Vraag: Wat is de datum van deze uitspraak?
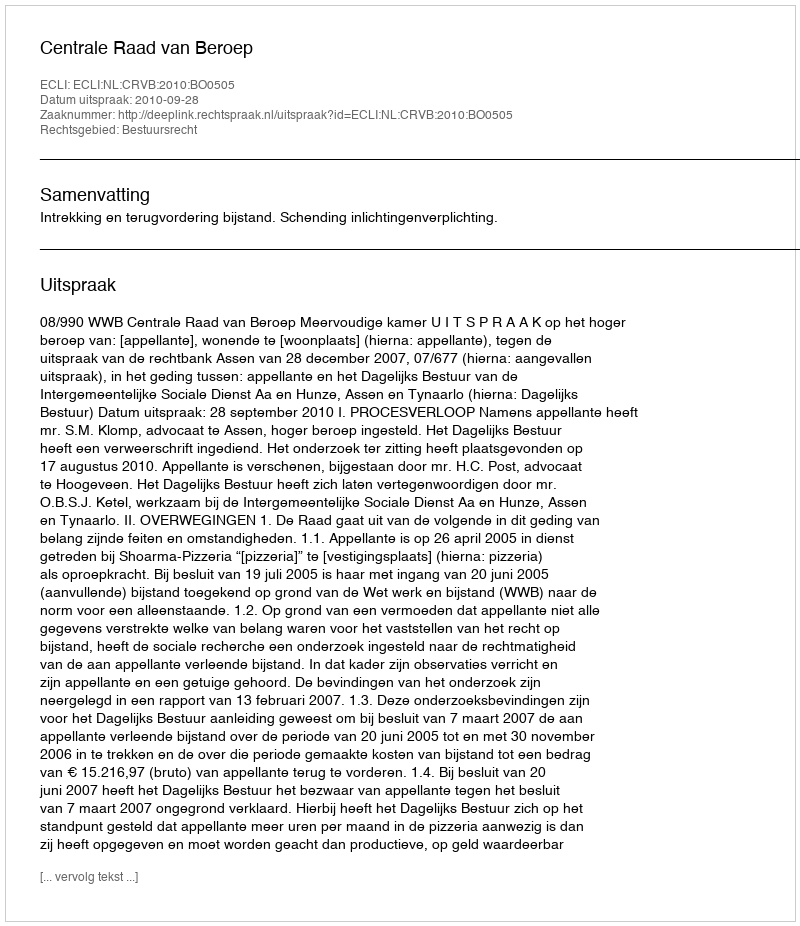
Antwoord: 2010-09-28